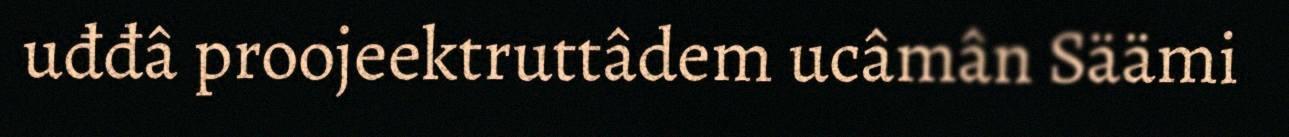
uđđâ proojeektruttâdem ucâmân Säämi